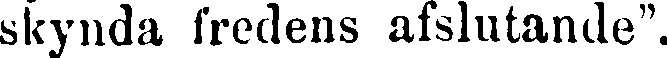
skynda fredens afslutande".